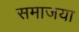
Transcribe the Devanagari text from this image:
समाजया